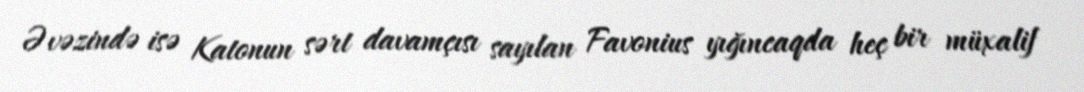
Əvəzində isə Katonun sərt davamçısı sayılan Favonius yığıncaqda heç bir müxalif